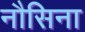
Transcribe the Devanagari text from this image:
नौसिना